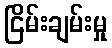
ငြိမ်းချမ်းမှု